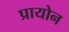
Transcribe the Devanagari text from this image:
प्रायोन